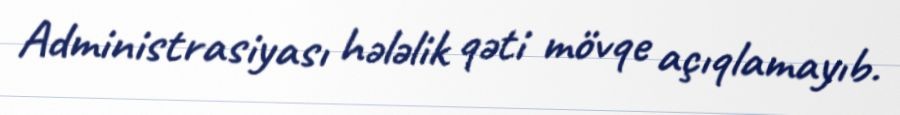
Administrasiyası hələlik qəti mövqe açıqlamayıb.